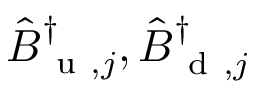
\hat { B } _ { \mathrm { ~ u ~ } , j } ^ { \dag } , \hat { B } _ { \mathrm { ~ d ~ } , j } ^ { \dag }